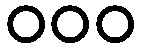
၀၀၀